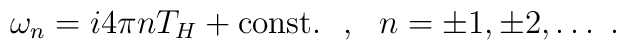
\omega _{n}=i4\pi nT_{H}+\mathrm{const.}\ \ ,\ \ n=\pm 1,\pm 2,\ldots \ .